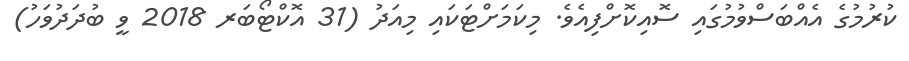
ކުރުމުގެ އެއްބަސްވުމުގައި ސޮއިކޮށްފިއެވެ. މިކަމަށްޓަކައި މިއަދު (31 އޮކްޓޯބަރ 2018 ވީ ބުދަދުވަހު)